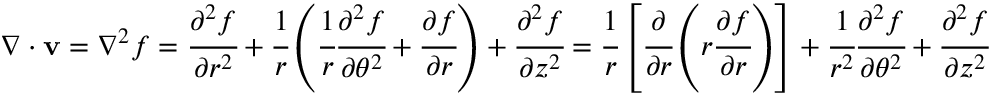
{ \boldsymbol { \nabla } } \cdot \mathbf { v } = { \boldsymbol { \nabla } } ^ { 2 } f = { \cfrac { \partial ^ { 2 } f } { \partial r ^ { 2 } } } + { \cfrac { 1 } { r } } \left( { \cfrac { 1 } { r } } { \cfrac { \partial ^ { 2 } f } { \partial \theta ^ { 2 } } } + { \cfrac { \partial f } { \partial r } } \right) + { \cfrac { \partial ^ { 2 } f } { \partial z ^ { 2 } } } = { \cfrac { 1 } { r } } \left[ { \cfrac { \partial } { \partial r } } \left( r { \cfrac { \partial f } { \partial r } } \right) \right] + { \cfrac { 1 } { r ^ { 2 } } } { \cfrac { \partial ^ { 2 } f } { \partial \theta ^ { 2 } } } + { \cfrac { \partial ^ { 2 } f } { \partial z ^ { 2 } } }